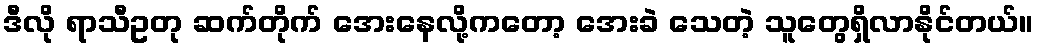
ဒီလို ရာသီဥတု ဆက်တိုက် အေးနေလို့ကတော့ အေးခဲ သေတဲ့ သူတွေရှိလာနိုင်တယ်။